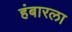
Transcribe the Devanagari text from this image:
हंबारला